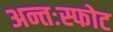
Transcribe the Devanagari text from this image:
अन्तःस्फोट